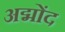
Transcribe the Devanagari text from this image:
अद्मोंद